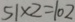
5 1 \times 2 = 1 0 2